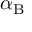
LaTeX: \alpha _ { \mathrm { { B } } }